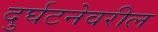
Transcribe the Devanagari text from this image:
दुर्घटनेवरील